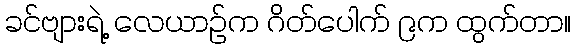
ခင်ဗျားရဲ့ လေယာဉ်က ဂိတ်ပေါက် ၉က ထွက်တာ။